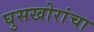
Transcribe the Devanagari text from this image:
घुसखोरांचा